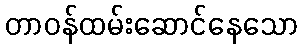
တာဝန်ထမ်းဆောင်နေသော